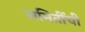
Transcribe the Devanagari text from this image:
समितींची